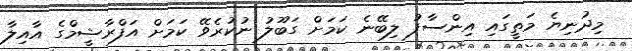
މިދުނިޔެ މަތީގައި އިންސާފު ލިބޭނެ ކަމަށް ގަބޫލު ނުކުރެވޭ ކަމަށް އަފްރާޝީމްގެ އާއިލާ